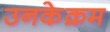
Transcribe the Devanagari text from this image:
उनकेक्रम